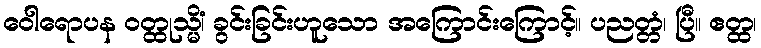
ဝေါရောပန ဝတ္ထုသ္မိံ၊ ခွင်းခြင်းဟူသော အကြောင်းကြောင့်။ ပညတ္တံ၊ ပြီ။ ဧတ္ထ၊